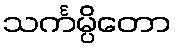
သင်္ကမ္ပိတော